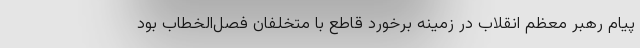
پیام رهبر معظم انقلاب در زمینه برخورد قاطع با متخلفان فصل‌الخطاب بود